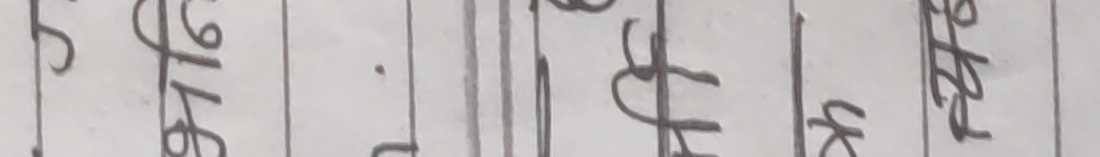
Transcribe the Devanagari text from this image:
श्री १६